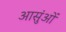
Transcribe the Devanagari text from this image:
आसुंओं